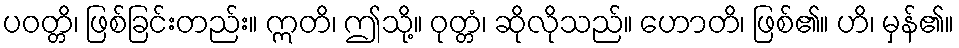
ပဝတ္တိ၊ ဖြစ်ခြင်းတည်း။ ဣတိ၊ ဤသို့။ ဝုတ္တံ၊ ဆိုလိုသည်။ ဟောတိ၊ ဖြစ်၏။ ဟိ၊ မှန်၏။